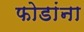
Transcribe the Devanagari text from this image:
फोडांना